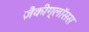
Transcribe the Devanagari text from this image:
ज़ैकीग्लॉसस